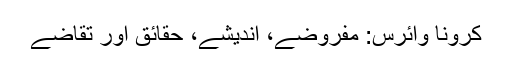
کرونا وائرس: مفروضے، اندیشے، حقائق اور تقاضے